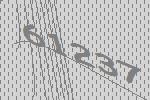
61237